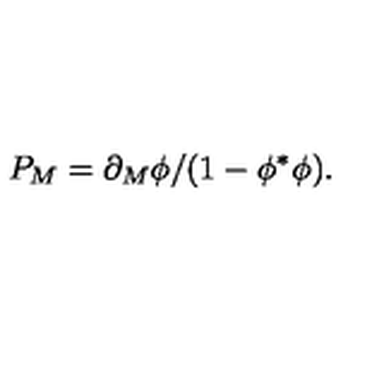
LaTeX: { P _ { M } = \partial _ { M } \phi / ( 1 - \phi ^ { \ast } \phi ) . }